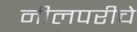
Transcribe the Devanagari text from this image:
नीलपरीचे